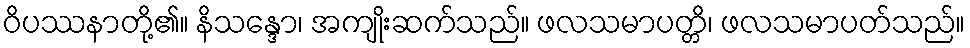
ဝိပဿနာတို့၏။ နိသန္ဒော၊ အကျိုးဆက်သည်။ ဖလသမာပတ္တိ၊ ဖလသမာပတ်သည်။